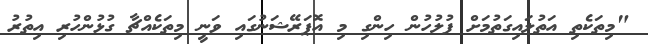
"މިތަކެތި އަތުލައިގަތުމަށް ފުލުހުން ހިންގި މި އޮޕަރޭޝަނުގައި ވަނީ މިތަކެއްޗާ ގުޅުންހުރި އިތުރު